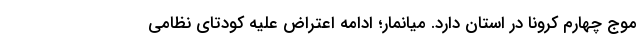
موج چهارم کرونا در استان دارد. ميانمار؛ ادامه اعتراض علیه کودتای نظامی